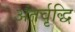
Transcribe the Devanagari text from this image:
अंतर्वृद्धि